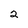
Character: 2